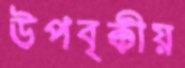
উপবৃক্কীয়